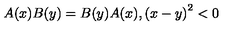
A ( x ) B ( y ) = B ( y ) A ( x ) , \left( x - y \right) ^ { 2 } < 0